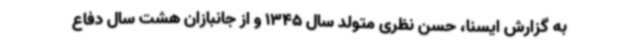
به گزارش ایسنا، حسن نظری متولد سال 1345 و از جانبازان هشت سال دفاع